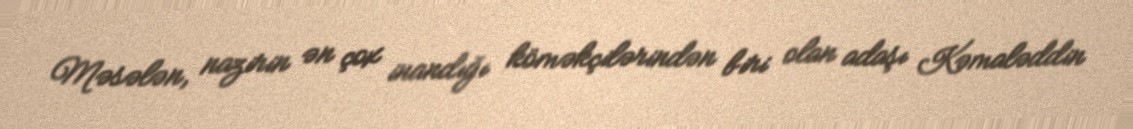
Məsələn, nazirin ən çox inandığı köməkçilərindən biri olan adaşı Kəmaləddin